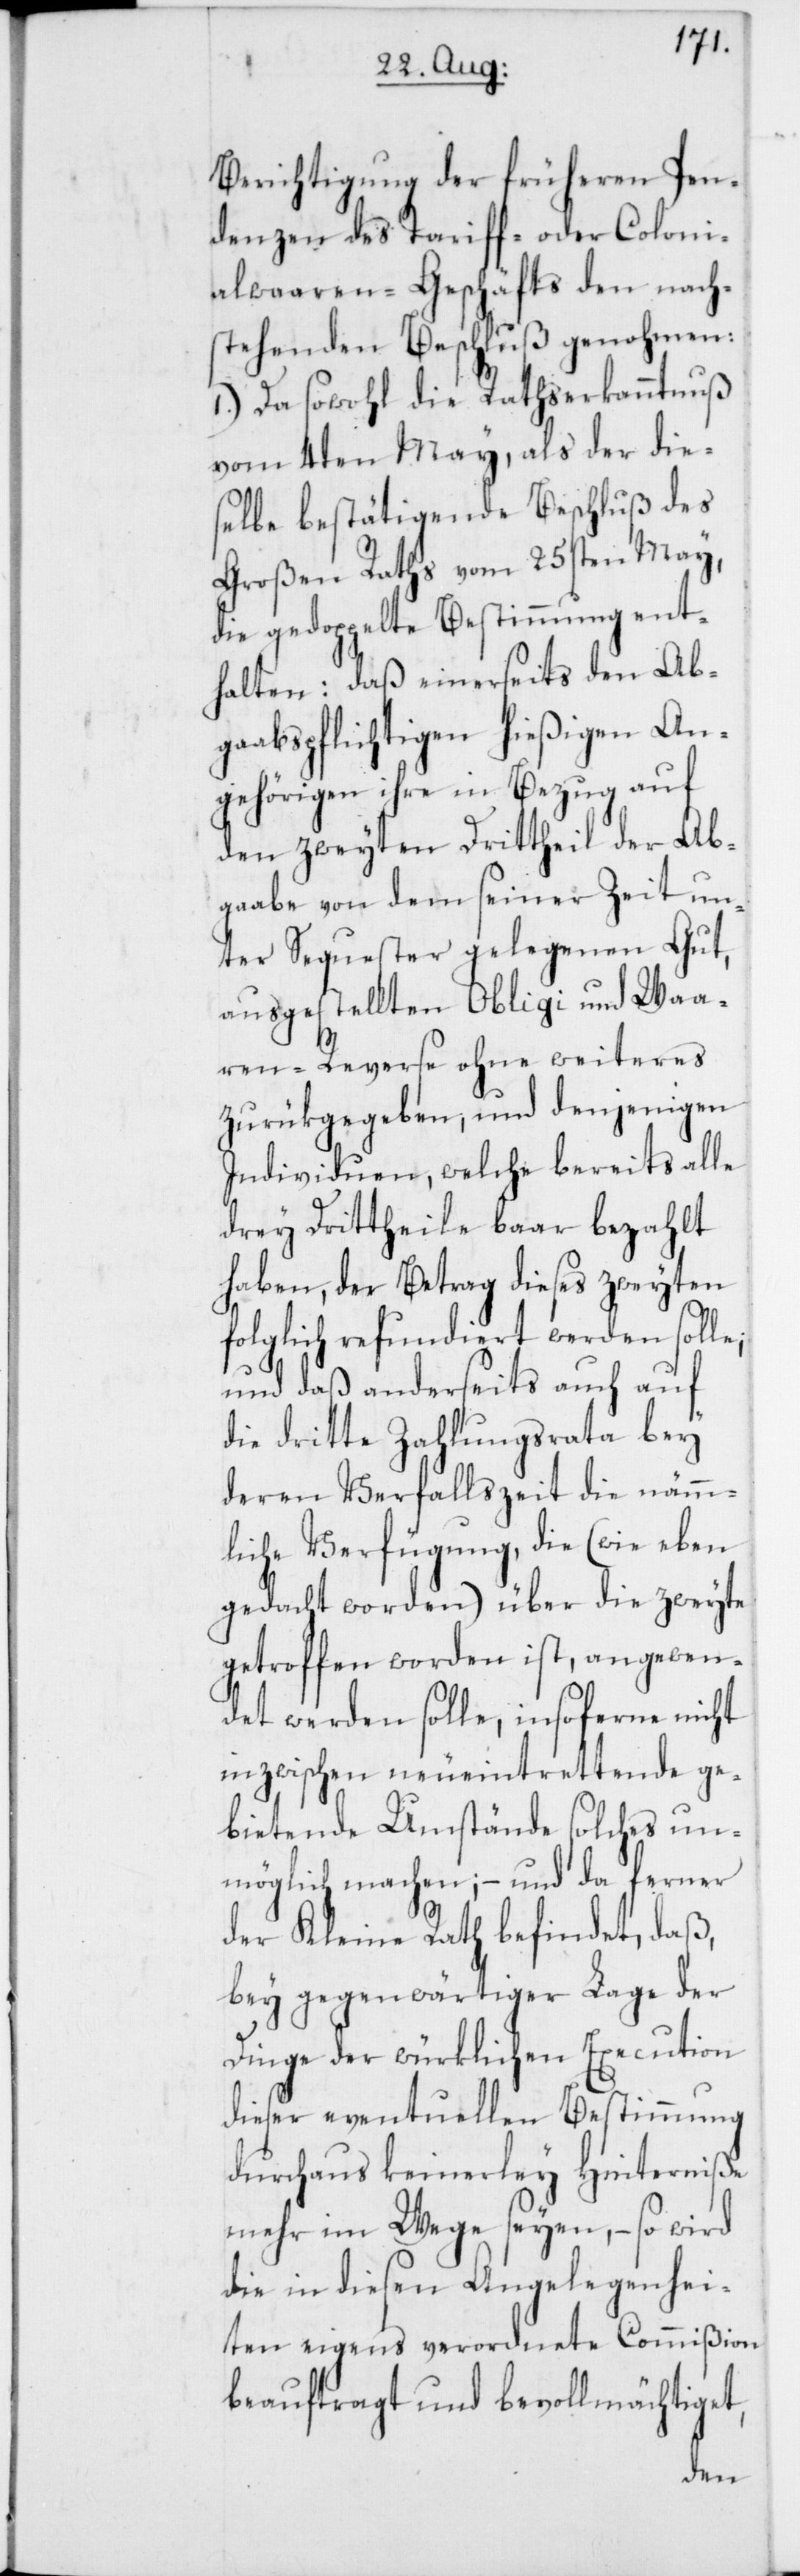
Berichtigung der früheren Pen¬
denzen des Tariff- oder Coloni¬
alwaaren-Geschäfts den nach¬
stehenden Beschluß genohmen:
1.) Da sowohl die Rathserkanntnuß
vom 4ten May, als der die¬
selbe bestätigende Beschluß des
Großen Raths vom 25sten May,
die gedoppelte Bestimmung ent¬
halten: daß einerseits den Ab¬
gaabspflichtigen hießigen An¬
gehörigen ihre in Bezug auf
den zweyten Drittheil der Ab¬
gaabe von dem seiner Zeit un¬
ter Sequester gelegenen Gut,
ausgestellten Obligi und Waa¬
ren-Reserve ohne weiteres
zurükgegeben, und denjenigen
Individuen, welche bereits alle
drey Drittheile baar bezahlt
haben, der Betrag dieses zweyten
folglich refundiert werden solle;
und daß anderseits auch auf
die dritte Zahlungsrata bey
deren Verfallszeit die nämm¬
liche Verfügung, die (wie eben
gedacht worden) über die zweyte
getroffen worden ist, angewen¬
det werden solle, insoferne nicht
inzwischen neueintrettende ge¬
bietende Umstände solches un¬
möglich machen; – und da ferner
der Kleine Rath befindet, daß,
bey gegenwärtiger Lage der
Dinge der würklichen Execution
dieser eventuellen Bestimmung
durchaus keinerlei Hinderniße
mehr im Wege seyen, – so wird
die in diesen Angelegenhei¬
ten eigens verordnete Commißion
beauftragt und bevollmächtiget,